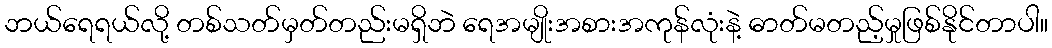
ဘယ်ရေရယ်လို့ တစ်သတ်မှတ်တည်းမရှိဘဲ ရေအမျိုးအစားအကုန်လုံးနဲ့ ဓာတ်မတည့်မှုဖြစ်နိုင်တာပါ။